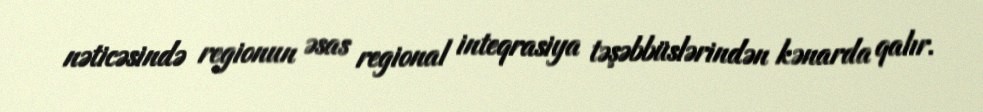
nəticəsində regionun əsas regional inteqrasiya təşəbbüslərindən kənarda qalır.